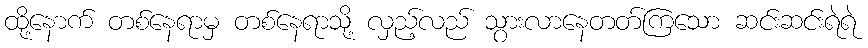
ထို့နောက် တစ်နေရာမှ တစ်နေရာသို့ လှည့်လည် သွားလာနေတတ်ကြသော ဆင်းဆင်းရဲရဲ